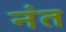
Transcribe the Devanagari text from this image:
नंत